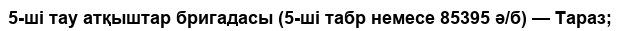
5-ші тау атқыштар бригадасы (5-ші табр немесе 85395 ә/б) — Тараз;